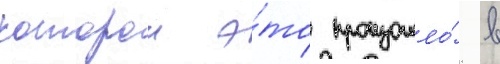
которои э́то произошло́ в